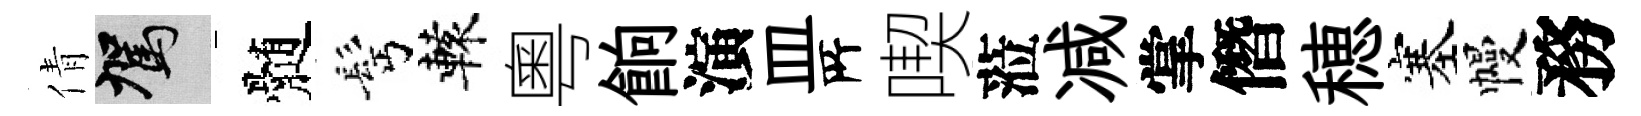
倩駕髄髩轅粵餉演皿𠩄喫蒞减掌僭穂塞幔務